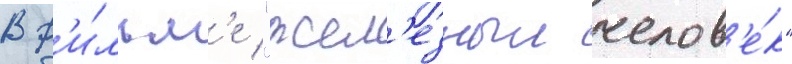
В ф'и́льм'е "жел'езныи челов'е́к"